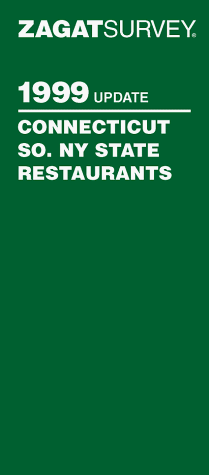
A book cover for Zagat Survey/1999 Connecticut/Southern New York State Restaurants (Annual); Zagat Publishers; Travel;